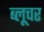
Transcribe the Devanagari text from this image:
ब्लूचर